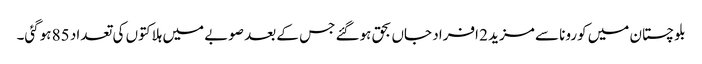
بلوچستان میں کورونا سے مزید 2 افراد جاں بحق ہوگئے جس کے بعد صوبے میں ہلاکتوں کی تعداد 85 ہوگئی۔